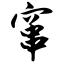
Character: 窜